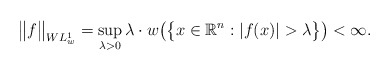
\begin{align*}\big\|f\big\|_{WL^1_w}=\sup_{\lambda>0}\lambda\cdot w\big(\big\{x\in\mathbb R^n:|f(x)|>\lambda \big\}\big)<\infty.\end{align*}